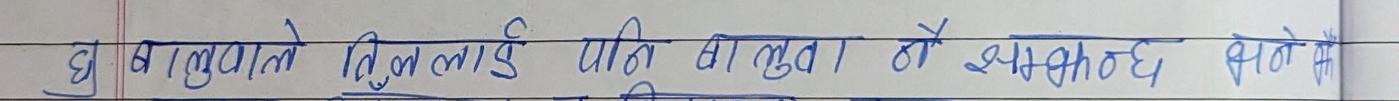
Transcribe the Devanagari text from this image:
घ) यस्ताले बिजुली पनि बाल्दा हो । सम्भवतः अहिले भने